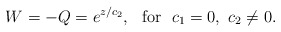
\begin{align*}W=-Q=e^{z/c_{2}},\ \ \mathrm{for}\ \ c_{1}=0,\ c_{2}\not =0. \end{align*}